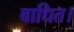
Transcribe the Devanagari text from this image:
बाधित।